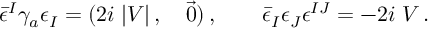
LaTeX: \bar { \epsilon } ^ { I } \gamma _ { a } \epsilon _ { I } = ( 2 i \; | V | \, , \quad \vec { 0 } ) \, , \qquad \bar { \epsilon } _ { I } \epsilon _ { J } \epsilon ^ { I J } = - 2 i \; V \, .